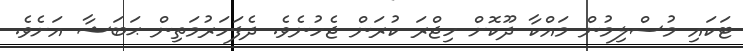
ޓަކައި މުސްލިމުން މައްކާ ދޫކޮށް ހިޖްރަ ކުރަން ޖެހުނެވެ. ދެފަހަރުމަތިން ޙަބަޝާ އަށެވެ.